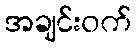
အချင်းဝက်